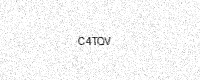
Text: C4TQV